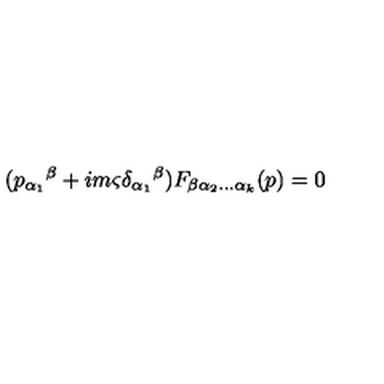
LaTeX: ( p _ { \alpha _ { 1 } } { } ^ { \beta } + i m \varsigma \delta _ { \alpha _ { 1 } } { } ^ { \beta } ) F _ { \beta \alpha _ { 2 } \ldots \alpha _ { k } } ( p ) = 0